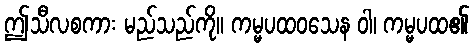
ဤသီလစကား မည်သည်ကို။ ကမ္မပထဝသေန ဝါ၊ ကမ္မပထ၏